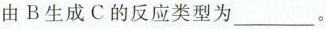
由B生成C的反应类型为___。